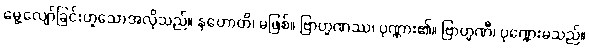
မွေ့လျော်ခြင်းဟူသောအလိုသည်။ နဟောတိ၊ မဖြစ်။ ဗြာဟ္မဏဿ၊ ပုဏ္ဏား၏။ ဗြာဟ္မဏီ၊ ပုဏ္ဏေးမသည်။